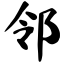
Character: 邻